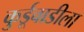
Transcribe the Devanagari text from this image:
कुर्डूवाडीला